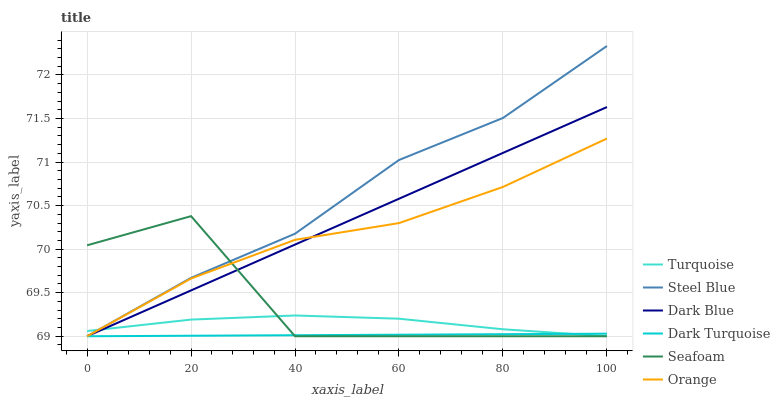
| xaxis_label | Turquoise | Steel Blue | Dark Blue | Dark Turquoise | Seafoam | Orange |
 | --- | --- | --- | --- | --- | --- | --- |
 | 0 | 69.1 | 69 | 69 | 69 | 70 | 69 |
 | 20 | 69.2 | 69.7 | 69.5 | 69 | 70.4 | 69.7 |
 | 40 | 69.2 | 70.2 | 70.1 | 69 | 69 | 70.1 |
 | 60 | 69.2 | 71 | 70.6 | 69 | 69 | 70.3 |
 | 80 | 69.1 | 71.5 | 71.1 | 69 | 69 | 70.7 |
 | 100 | 69 | 72.3 | 71.6 | 69 | 69 | 71.3 |